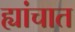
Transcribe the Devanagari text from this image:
ह्यांचात